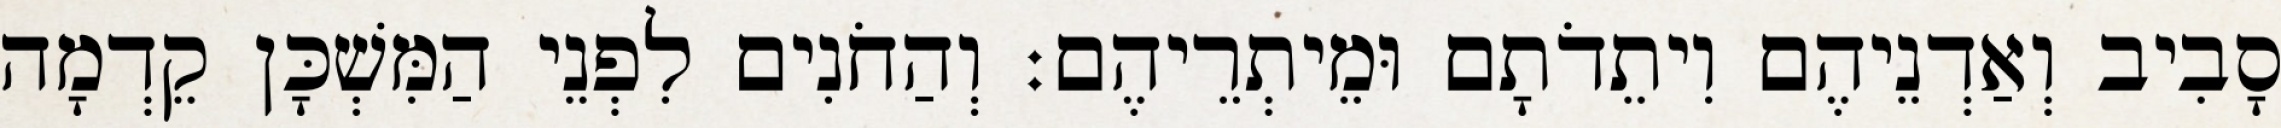
סָבִיב וְאַדְנֵיהֶם וִיתֵדֹתָם וּמֵיתְרֵיהֶם׃ וְהַחֹנִים לִפְנֵי הַמִּשְׁכָּן קֵדְמָה